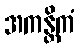
အကန္တိကံ